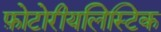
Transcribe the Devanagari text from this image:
फ़ोटोरीयलिस्टिक